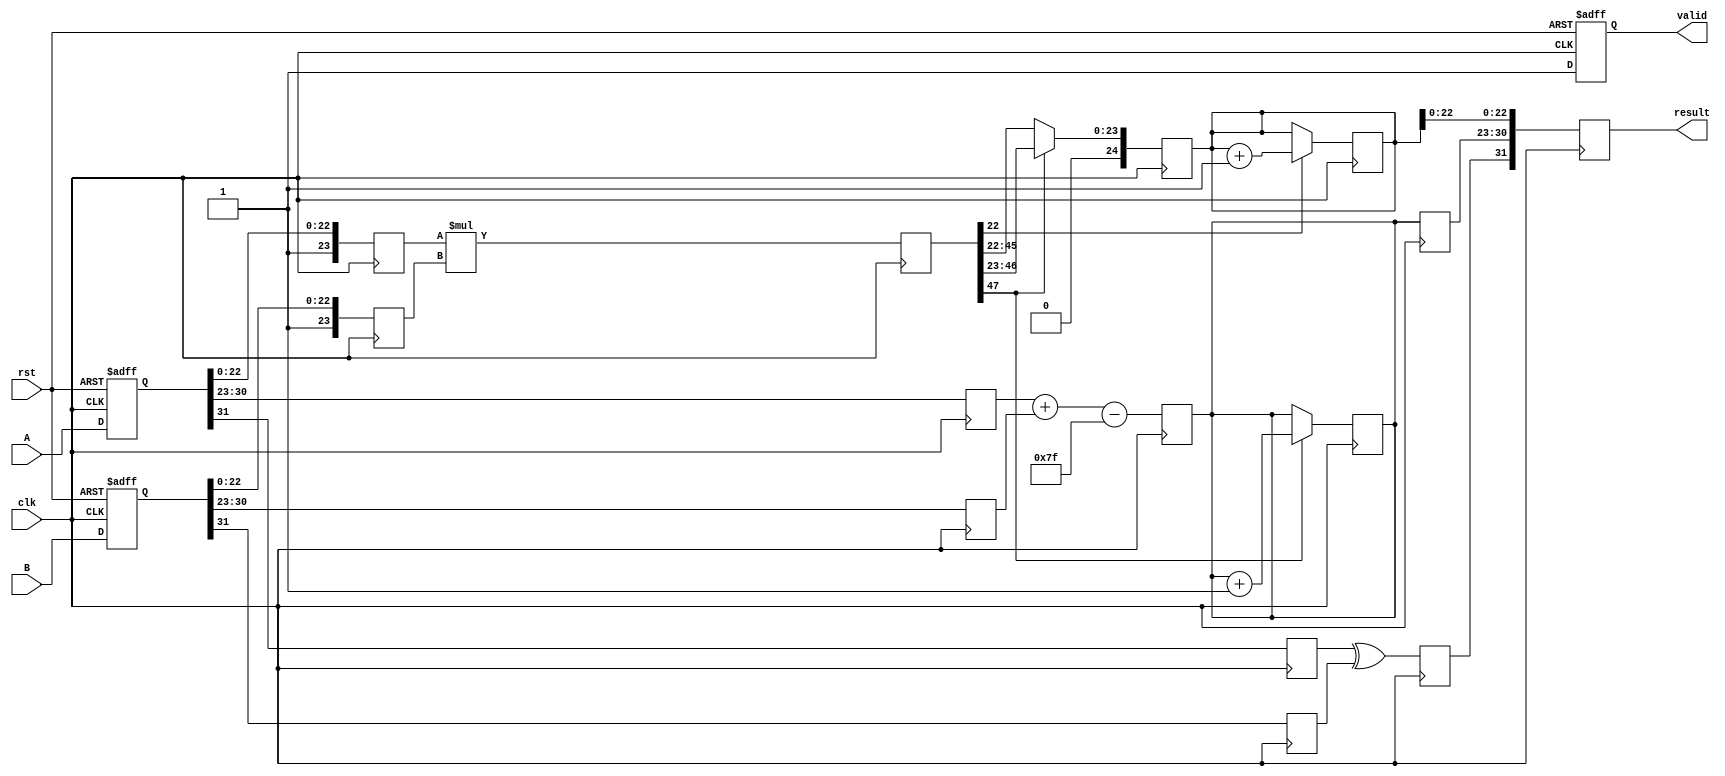
module pipelined_fp_multiplier (
    input clk,
    input rst,
    input [31:0] A, // First floating-point input
    input [31:0] B, // Second floating-point input
    output reg [31:0] result, // Resulting floating-point output
    output reg valid // Output valid signal
);

    // Pipeline registers
    reg [31:0] A_reg, B_reg;
    reg sign_a, sign_b, sign_result;
    reg [7:0] exp_a, exp_b, exp_result;
    reg [23:0] mant_a, mant_b, mant_result;
    reg [47:0] mant_mult; // Intermediate mantissa multiplication result
    reg [24:0] mant_norm; // Normalized mantissa
    reg [7:0] exp_bias = 8'd127; // Bias for single-precision
    reg [7:0] exp_temp;

    // Stage 1: Decomposition
    always @(posedge clk or posedge rst) begin
        if (rst) begin
            A_reg <= 32'b0;
            B_reg <= 32'b0;
            valid <= 1'b0;
        end else begin
            A_reg <= A;
            B_reg <= B;
            valid <= 1'b1; // Indicate that inputs are valid
        end
    end

    // Stage 2: Sign Calculation
    always @(posedge clk) begin
        sign_a <= A_reg[31];
        sign_b <= B_reg[31];
        sign_result <= sign_a ^ sign_b; // XOR for sign
    end

    // Stage 3: Exponent Calculation
    always @(posedge clk) begin
        exp_a <= A_reg[30:23];
        exp_b <= B_reg[30:23];
        exp_temp <= exp_a + exp_b - exp_bias; // Add exponents and subtract bias
    end

    // Stage 4: Mantissa Multiplication
    always @(posedge clk) begin
        mant_a <= {1'b1, A_reg[22:0]}; // Implicit leading 1 for normalized numbers
        mant_b <= {1'b1, B_reg[22:0]};
        mant_mult <= mant_a * mant_b; // Multiply mantissas
    end

    // Stage 5: Normalization
    always @(posedge clk) begin
        if (mant_mult[47]) begin
            mant_norm <= mant_mult[46:23]; // Shift right if overflow
            exp_temp <= exp_temp + 1; // Increment exponent
        end else begin
            mant_norm <= mant_mult[45:22]; // Normalized mantissa
        end
    end

    // Stage 6: Rounding
    always @(posedge clk) begin
        // Simple rounding logic (round to nearest even)
        if (mant_mult[22]) begin
            mant_norm <= mant_norm + 1; // Round up if LSB is 1
        end
    end

    // Stage 7: Final Assembly
    always @(posedge clk) begin
        exp_result <= exp_temp; // Final exponent
        result <= {sign_result, exp_result, mant_norm[22:0]}; // Assemble final result
    end

endmodule